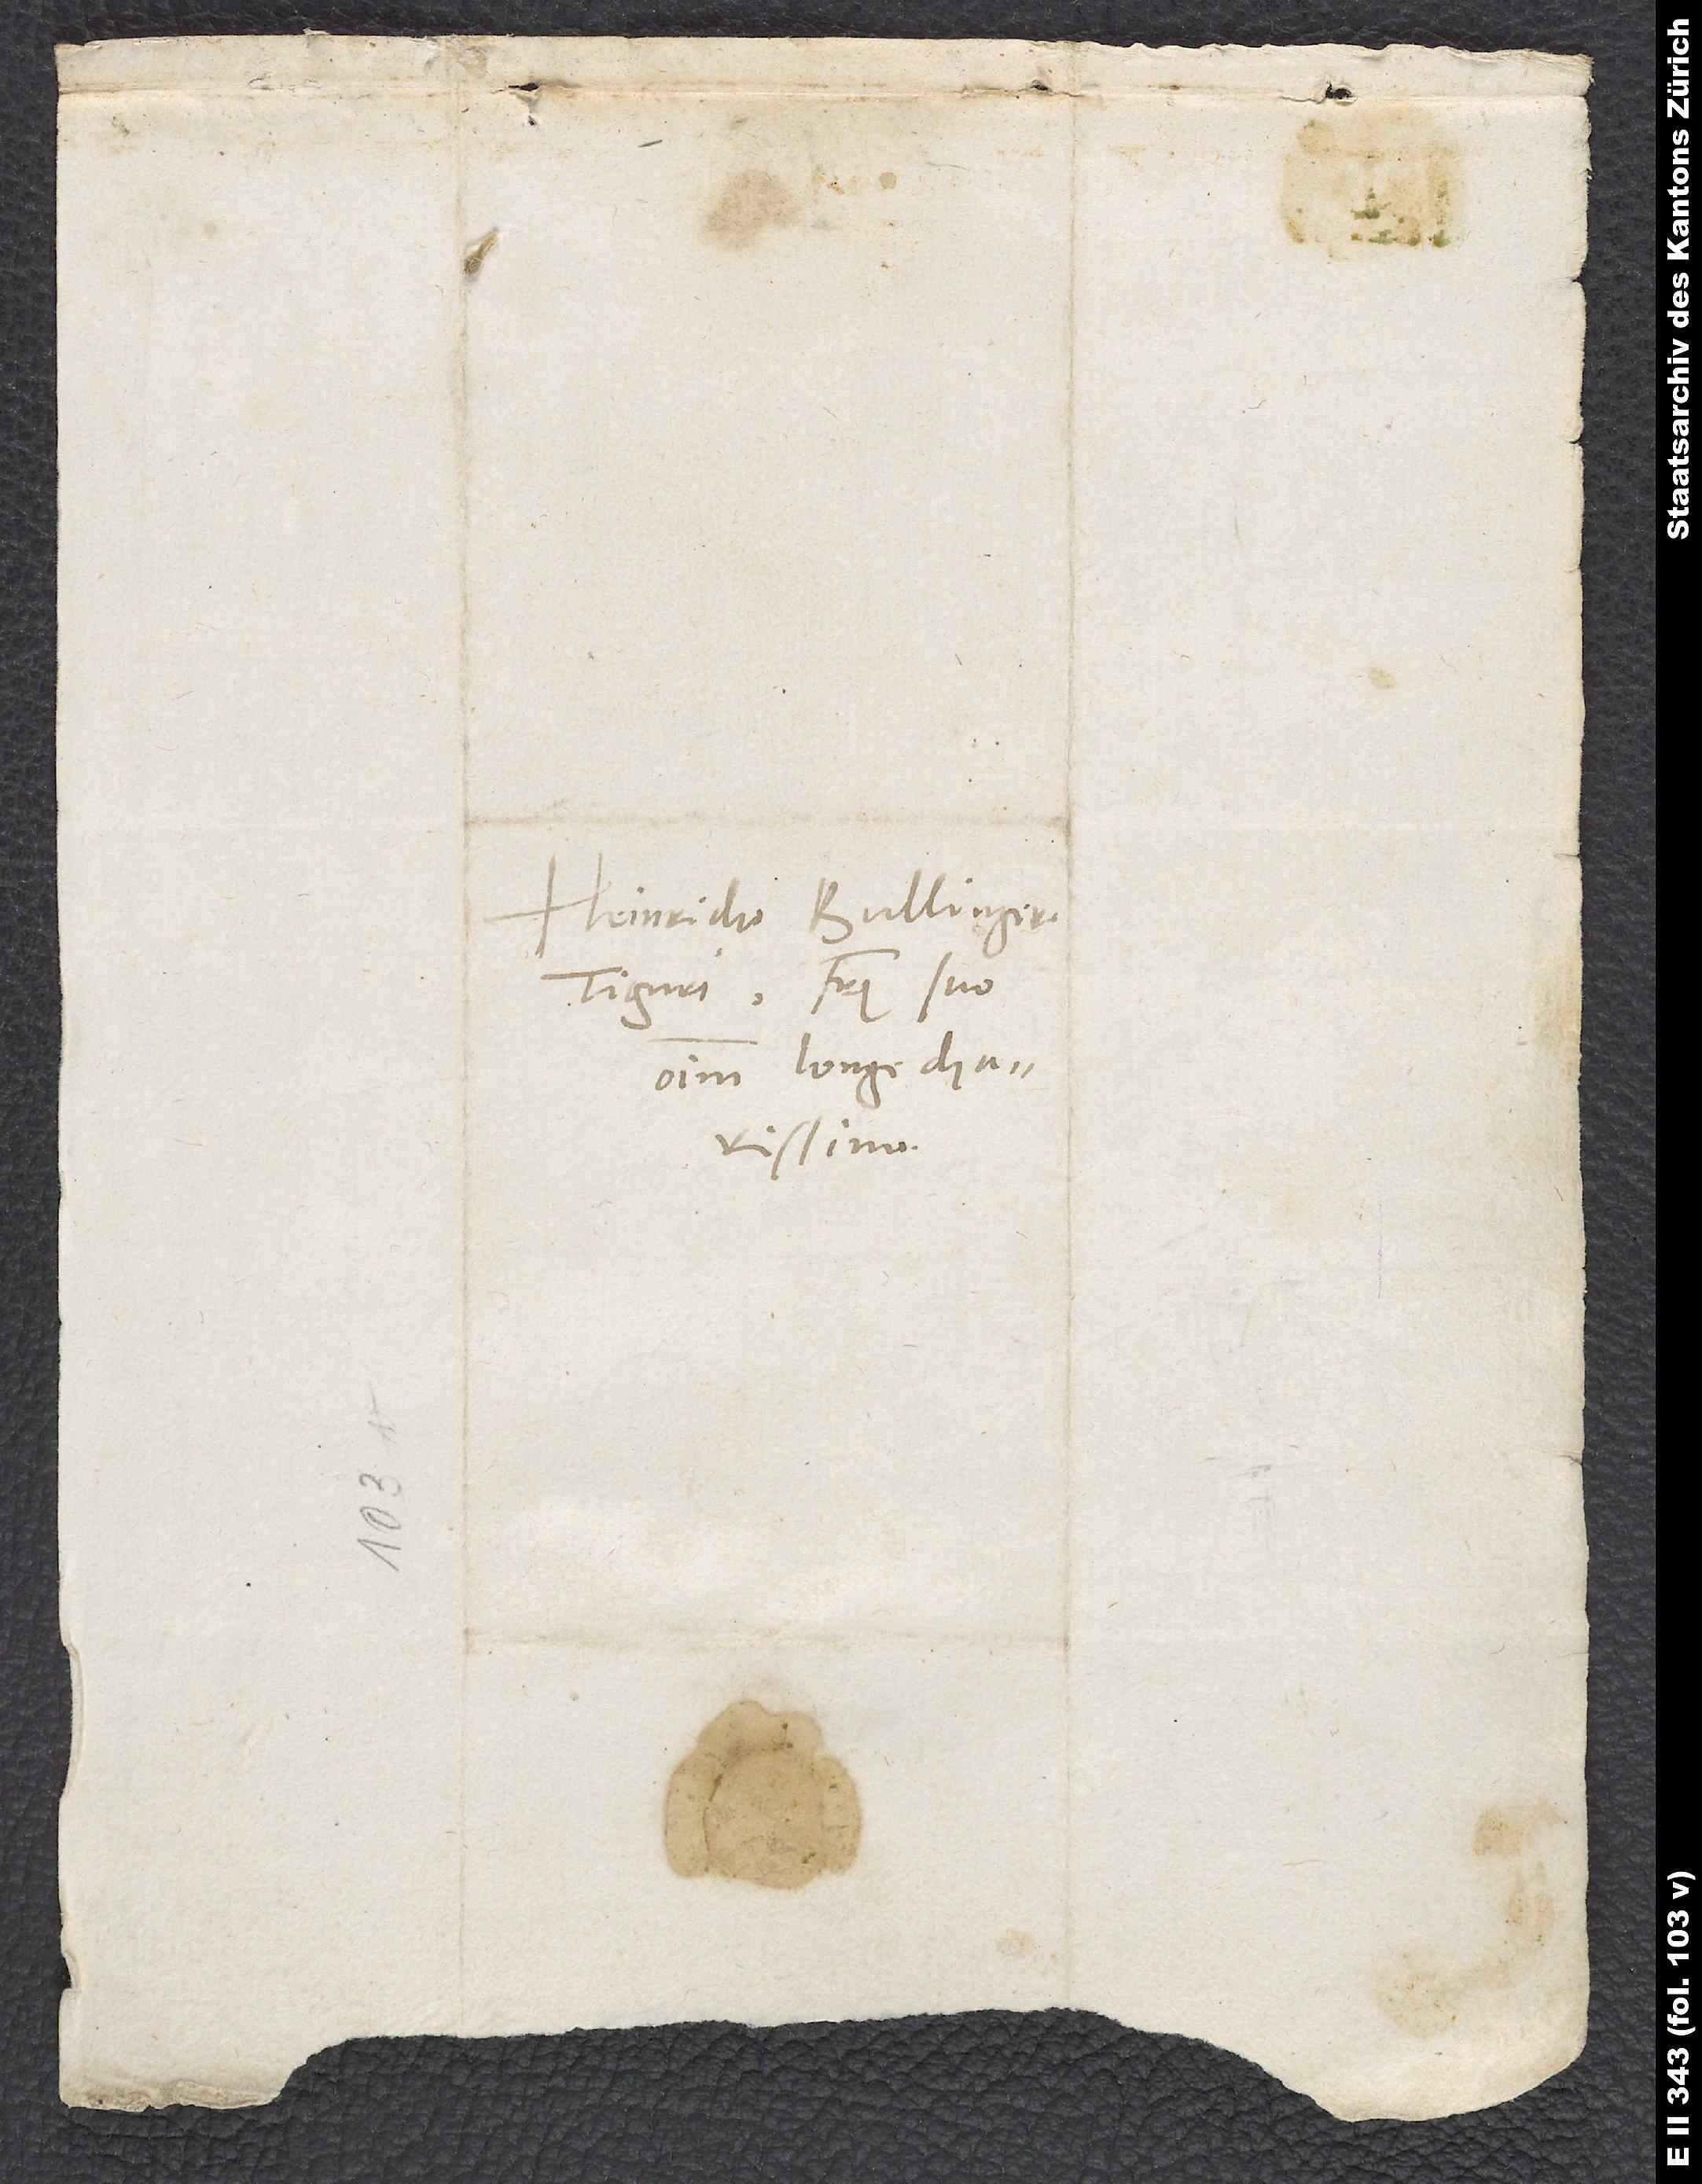
Heinricho Bullingero
Tiguri, fratri suo
omnium longe charissimo.